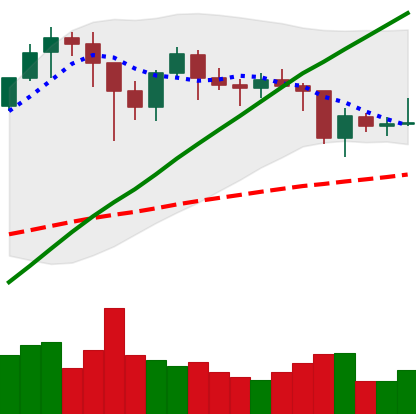
Ticker: BTC-USD
Chart end date: 2021-01-25
Forward return: 5.88%
Label: up_5_7